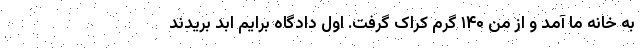
به خانه ما آمد و از من ۱۴۰ گرم کراک گرفت. اول دادگاه برایم ابد بریدند